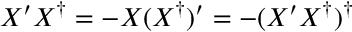
X ^ { \prime } X ^ { \dag } = - X ( X ^ { \dag } ) ^ { \prime } = - ( X ^ { \prime } X ^ { \dag } ) ^ { \dag }